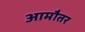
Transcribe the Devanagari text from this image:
आमौतर